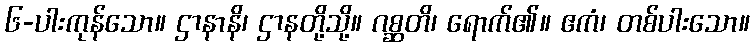
၆-ပါးကုန်သော။ ဌာနာနိ၊ ဌာနတို့သို့။ ဂစ္ဆတိ၊ ရောက်၏။ ဧကံ၊ တစ်ပါးသော။